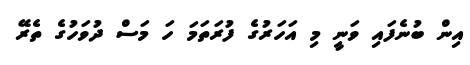
އިން ބުނެފައި ވަނީ މި އަހަރުގެ ފުރަތަމަ ހަ މަސް ދުވަހުގެ ތެރޭ